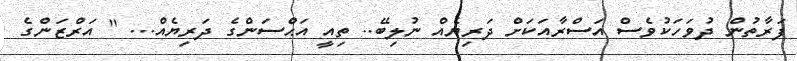
ފަރާތުން ދުވަހަކުވެސް އަސްރާއަކަށް ދަރިޔެއް ނުލިބޭ.. ތިއީ އަޙްސަންގެ ދަރިޔެއް... " އަރްޒަންގެ